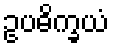
ဥပဓိက္ခယံ